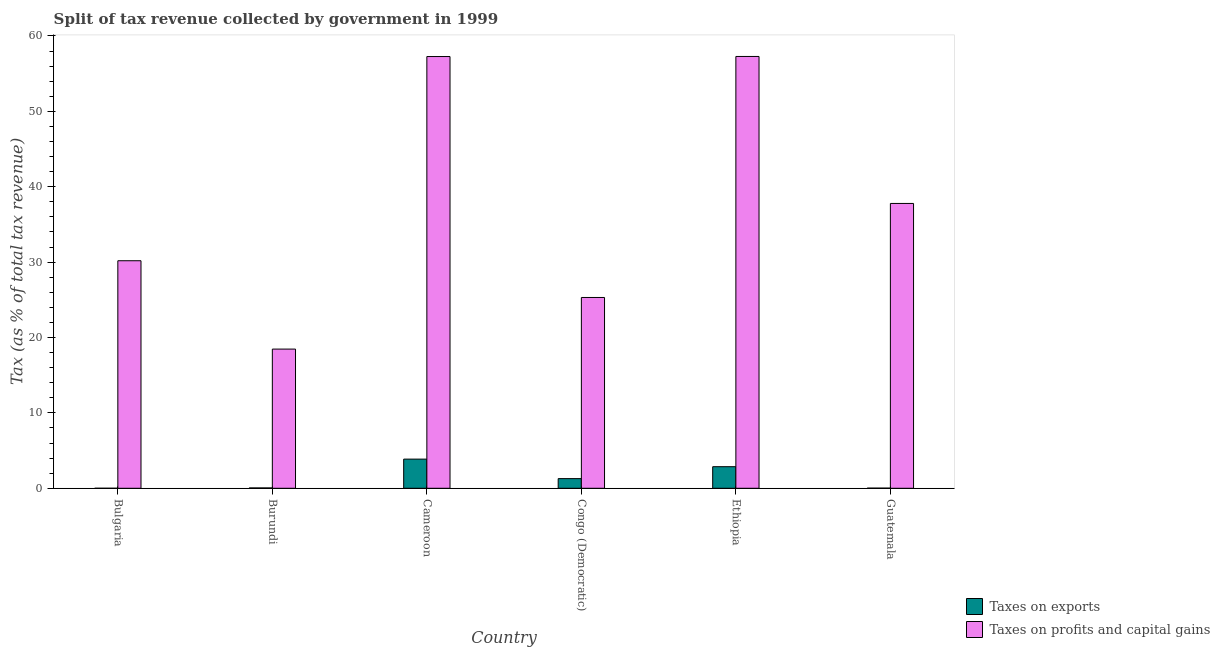
| Country | Taxes on exports | Taxes on profits and capital gains |
 | --- | --- | --- |
 | Bulgaria | 0.0016 | 30.2 |
 | Burundi | 0.0459 | 18.5 |
 | Cameroon | 3.87 | 57.3 |
 | Congo (Democratic) | 1.28 | 25.3 |
 | Ethiopia | 2.86 | 57.3 |
 | Guatemala | 0.0188 | 37.8 |